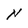
Character: N